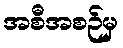
အစီအစဉ်မှ